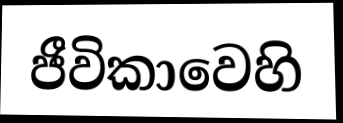
ජීවිකාවෙහි